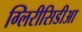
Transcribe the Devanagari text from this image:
ग्लिरीसिडीआ